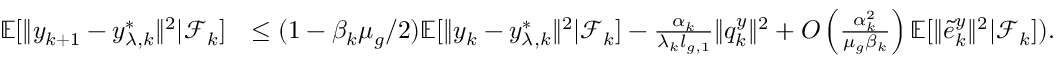
\begin{array} { r l } { \mathbb { E } [ \| y _ { k + 1 } - y _ { \lambda , k } ^ { * } \| ^ { 2 } | \mathcal { F } _ { k } ] } & { \le ( 1 - \beta _ { k } \mu _ { g } / 2 ) \mathbb { E } [ \| y _ { k } - y _ { \lambda , k } ^ { * } \| ^ { 2 } | \mathcal { F } _ { k } ] - \frac { \alpha _ { k } } { \lambda _ { k } l _ { g , 1 } } \| q _ { k } ^ { y } \| ^ { 2 } + O \left( \frac { \alpha _ { k } ^ { 2 } } { \mu _ { g } \beta _ { k } } \right) \mathbb { E } [ \| \tilde { e } _ { k } ^ { y } \| ^ { 2 } | \mathcal { F } _ { k } ] ) . } \end{array}